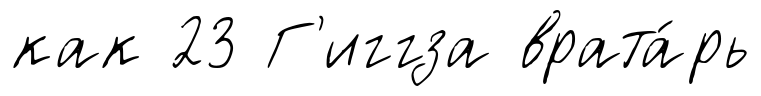
как 23 Г'иггза врата́рь